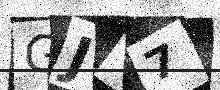
Text: GJY7